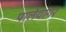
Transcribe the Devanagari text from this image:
पालेयागर